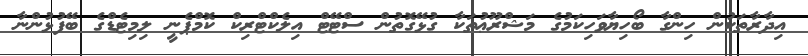
އިދާރާތަކުން ހިންގާ ބޯހިޔާވަހިކަމުގެ މަޝްރޫޢުތަކާ ގުޅޭގޮތުން ސްޓޭޓް އިލެކްޓްރިކް ކޮމްޕެނީ ލިމިޓެޑްގެ ބޭފުޅުންނާ